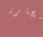
بتجارة